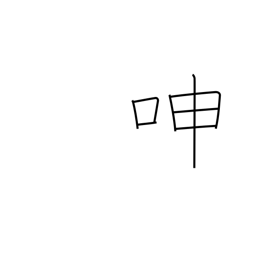
Meaning: groan